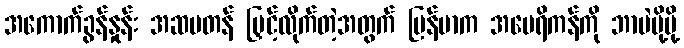
အကောက်ခွန်နှုန်း အဆမတန် မြှင့်လိုက်တဲ့အတွက် မြန်မာက အမေရိကန်ကို ဘာပဲပို့ပို့